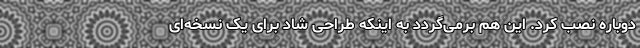
دوباره نصب کرد. این هم برمی‌گردد به اینکه طراحی شاد برای یک نسخه‌ای